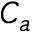
C _ { a }